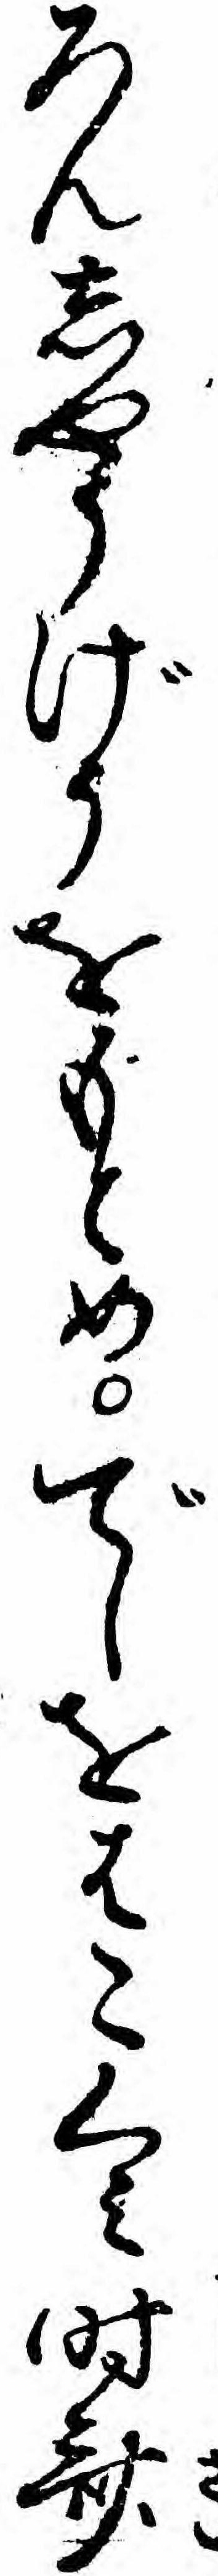
ろんしやうげうをもとめでしをはこくミ時斎